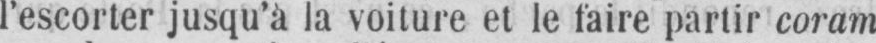
l’escorter jusqu’à la voiture et le faire partir coram